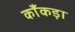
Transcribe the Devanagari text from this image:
काँकड़ा